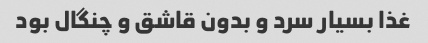
غذا بسیار سرد و بدون قاشق و چنگال بود